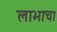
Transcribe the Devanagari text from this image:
लाभाचा